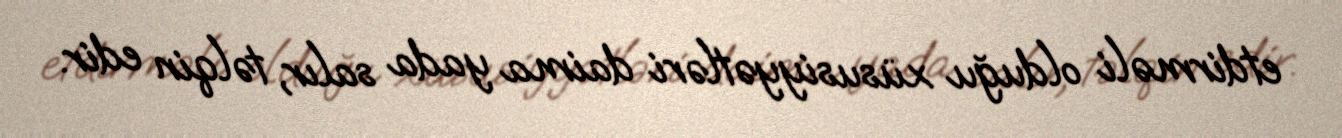
etdirməli olduğu xüsusiyyətləri daima yada salır, təlqin edir.